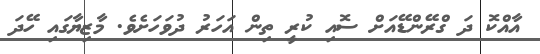
އާއްކޮ ދަ ގްރޭންޑޭއަށް ސޮއި ކުރީ ތިން އަހަރު ދުވަހަށެވެ. މާޒިޔާގައި ހޭދަ